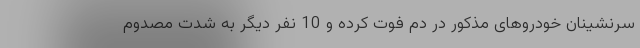
سرنشینان خودروهای مذکور در دم فوت کرده و 10 نفر دیگر به شدت مصدوم